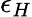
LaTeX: \epsilon_{H}